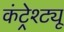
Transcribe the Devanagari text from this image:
कंट्रेश्ट्यू